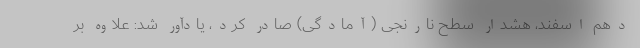
دهم اسفند، هشدار سطح نارنجی (آمادگی) صادر کرد، یادآور شد: علاوه بر